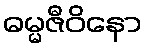
ဓမ္မဇီဝိနော